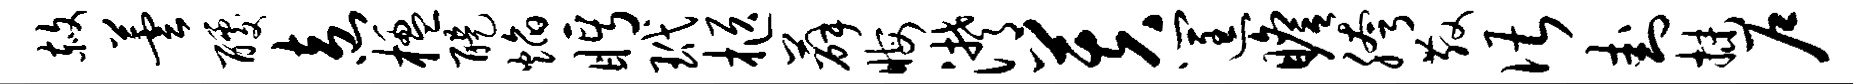
赦芸醵盍楹醍焰眄玳柩薛晦潸芙筐瞻胯散谌卦抹户